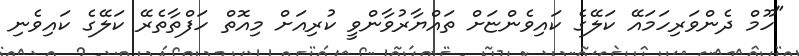
"ހޫމް ދެންވަރިހަމައޭ ކަލޭގެ ކައިވެންޏަށް ތައްޔާރުވާންވީ ކުރިއަށް މިއޮތް ހަފްތާތެރޭ ކަލޭގެ ކައިވެނި